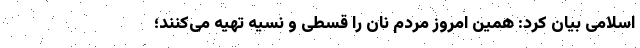
اسلامی بیان کرد: همین امروز مردم نان را قسطی و نسیه تهیه می‌کنند؛